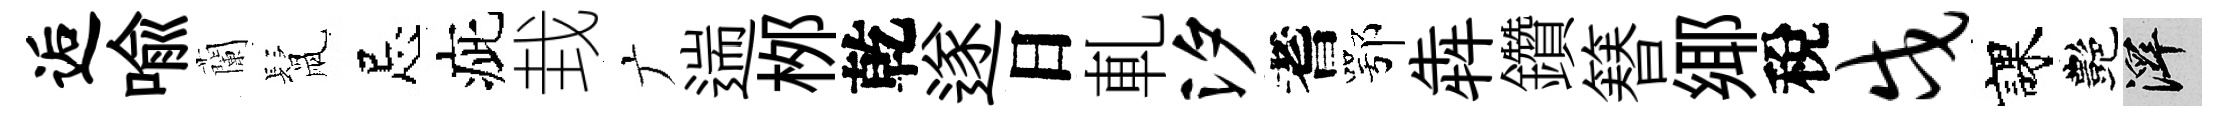
逅喻蘭鬛忌疵㘽广遄桞乾遂日軋汐耆鄂犇鑽簮鄊稅戍課艷澤